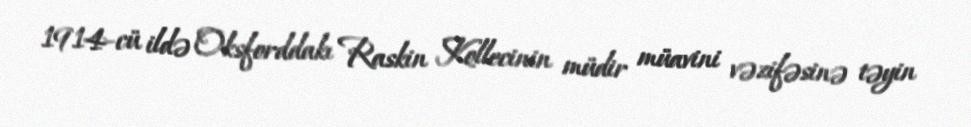
1914-cü ildə Oksforddakı Raskin Kollecinin müdir müavini vəzifəsinə təyin